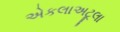
એકલાઅટૂલા